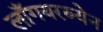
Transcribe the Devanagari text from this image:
लाँगयरब्येन